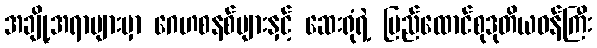
အချို့အရာများမှာ ဂေဟစနစ်များနှင့် ဆေးရုံရဲ့ ပြည်ထောင်စုဒုတိယဝန်ကြီး